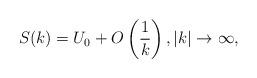
LaTeX: \begin{align*}S(k)={U_0}+O\left(\frac{1}{k}\right),|k|\to\infty,\end{align*}